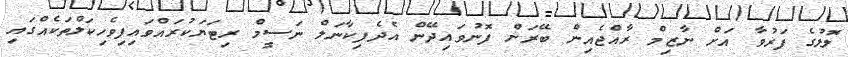
ލޮލުގެ ފަރުވާ އަށް ނާޒިމް ރާއްޖެއިން ބޭރަށް ފޮނުވައިދޭން އެދެފިކާނަލް ނަސީމް ރިޓަޔަކުރައްވައިފިވެހިކަލްތަކެއްގައި